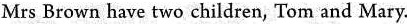
Mrs Brown have two children, Tom and Mary.